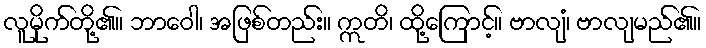
လူမိုက်တို့၏။ ဘာဝေါ၊ အဖြစ်တည်း။ ဣတိ၊ ထို့ကြောင့်။ ဗာလျံ၊ ဗာလျမည်၏။